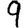
Digit: 9